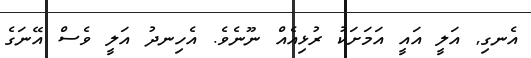
އެނގި